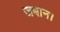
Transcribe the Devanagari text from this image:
जबान।